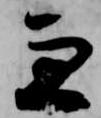
兼